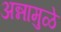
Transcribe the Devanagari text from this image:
अन्नामुळे